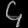
Digit: ၄